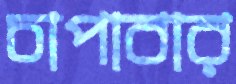
চাপাবার